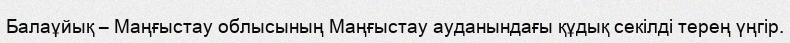
Балаұйық – Маңғыстау облысының Маңғыстау ауданындағы құдық секілді терең үңгір.